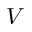
V